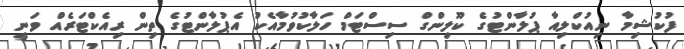
ފުކުޝިމާ ނިއުކްލިއާ ޕުލާންޓުގެ ކޫލިންގް ސިސްޓަމް ހަލާކުވުމާއެކު އެޕުލާންޓުގެ ތިން ރިއެކްޓަރެއް ވަނީ